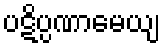
ပဋိပ္ပဏာမေယျ